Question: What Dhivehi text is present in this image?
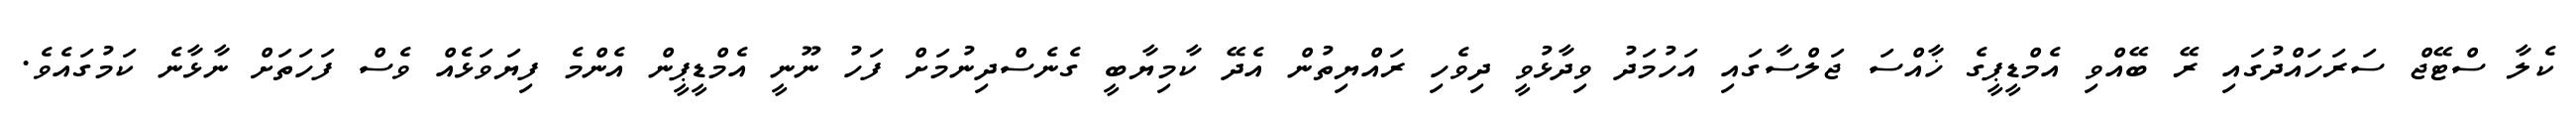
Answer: ކެލާ ސްޓޭޖް ސަރަހައްދުގައި ރޭ ބޭއްވި އެމްޑީޕީގެ ޚާއްސަ ޖަލްސާގައި އަހުމަދު ވިދާޅުވީ ދިވެހި ރައްޔިތުން އެދޭ ކާމިޔާބީ ގެނެސްދިނުމަށް ފަހު ނޫނީ އެމްޑީޕީން އެންމެ ފިޔަވަޅެއް ވެސް ފަހަތަށް ނާޅާނެ ކަމުގައެވެ.